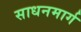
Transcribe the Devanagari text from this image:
साधनमार्ग